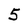
Character: 5